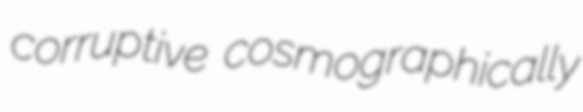
corruptive cosmographically